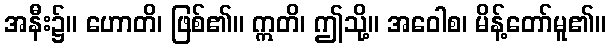
အနီး၌။ ဟောတိ၊ ဖြစ်၏။ ဣတိ၊ ဤသို့။ အဝေါစ၊ မိန့်တော်မူ၏။